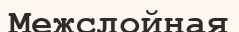
Межслойная